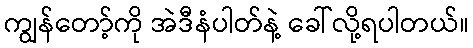
ကျွန်တော့်ကို အဲဒီနံပါတ်နဲ့ ခေါ်လို့ရပါတယ်။